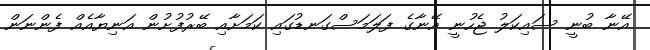
އޭނާ ބުނީ ސައިކަލު ޖެހުނީ އޭނާގެ ފަލަމަސްގަނޑުގައި ކަމަށާއި ބޭރުފުށުން އަނިޔާއެއް ފެންނަން